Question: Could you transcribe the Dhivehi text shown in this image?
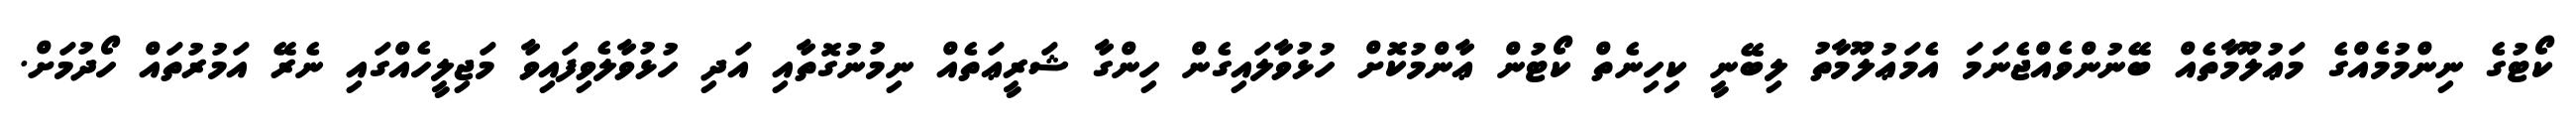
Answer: ކޯޓުގެ ނިންމުމެއްގެ މަޢުލޫމާތެއް ބޭނުންވެއްޖެނަމަ އެމަޢުލޫމާތު ލިބޭނީ ކިހިނެތް ކޯޓުން ޢާންމުކޮށް ހުޅުވާލައިގެން ހިންގާ ޝަރީޢަތެއް ނިމުނުގޮތާއި އަދި ހުޅުވާލެވިފައިވާ މަޖިލީހެއްގައި ނެރޭ އަމުރުތައް ހޯދުމަށް.